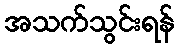
အသက်သွင်းရန်